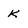
Character: K